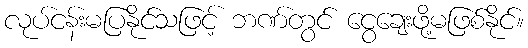
လုပ်ငန်းမပြနိုင်သဖြင့် ဘဏ်တွင် ငွေချေးဖို့မဖြစ်နိုင်။